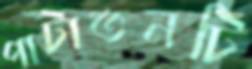
পাটাতনটি